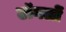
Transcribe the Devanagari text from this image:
टॉगलों